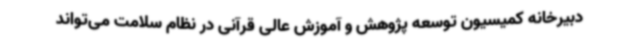
دبیرخانه کمیسیون توسعه پژوهش و آموزش عالی قرآنی در نظام سلامت می‌تواند